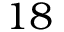
1 8